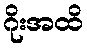
ဂိုးအထိ